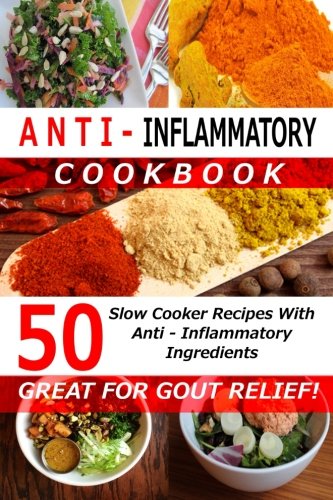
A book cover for Anti Inflammatory Cookbook - 50 Slow Cooker Recipes With Anti - Inflammatory Ingredients: Great For Gout! (Slow Cooker Cookbooks); Kate Marsh; Cookbooks, Food & Wine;